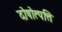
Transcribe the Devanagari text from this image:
दोषोत्पत्ति